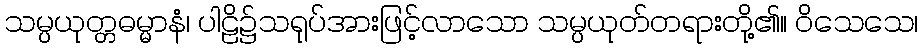
သမ္ပယုတ္တဓမ္မာနံ၊ ပါဠိ၌သရုပ်အားဖြင့်လာသော သမ္ပယုတ်တရားတို့၏။ ဝိသေသေ၊